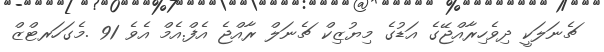
ޗެނަލަކީ ދިވެހިރާއްޖޭގެ އަޑުގެ މިޔުޒިކް ޗެނަލް ރާއްޖެ އެފް.އެމް އެވެ 91 .މެގަހަރޓްޒް